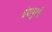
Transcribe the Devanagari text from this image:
इंदापूरचे